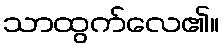
သာထွက်လေ၏။